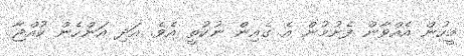
މީހުން އެއްވާން ފެށުމުން އެ ގެއިން ނުކުތީ އެވެ. އަދި އަންހެން ކުއްޖާ